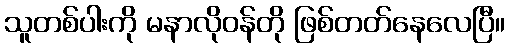
သူတစ်ပါးကို မနာလိုဝန်တို ဖြစ်တတ်နေလေပြီ။